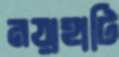
নয়াহাটি